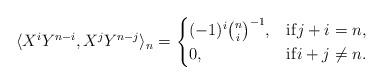
LaTeX: \begin{align*} \langle X^iY^{n-i}, X^jY^{n-j} \rangle_n =\begin{cases} (-1)^i\binom{n}{i}^{-1}, & {\rm if } j+i=n, \\ 0, & {\rm if } i+j\neq n. \end{cases} \end{align*}